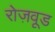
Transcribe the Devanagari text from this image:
रोज़वूड